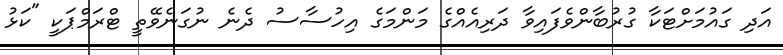
އަދި ގައުމަށްޓަކާ ގުރުބާންވެފައިވާ ދަރިއެއްގެ މަންމަގެ އިހުސާސު ދެނެ ނުގަނެވޭތީ ޓްރަމްޕަކީ "ކަޅު